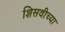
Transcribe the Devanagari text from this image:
शिसवीच्या